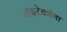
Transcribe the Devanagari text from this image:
अझ्टेकांना